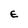
Character: E